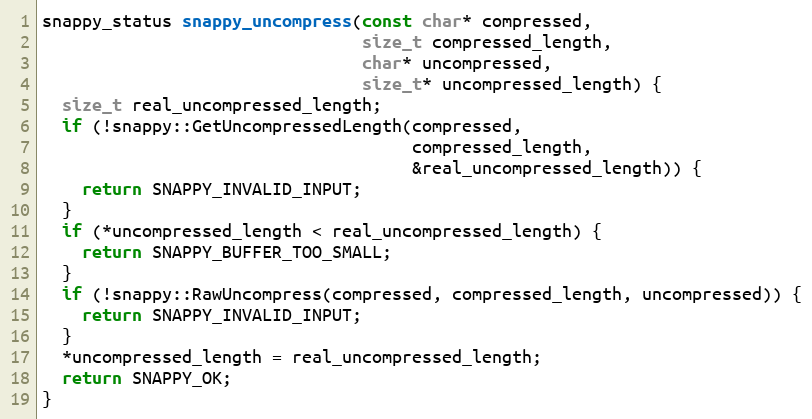
Language: C++
snappy_status snappy_uncompress(const char* compressed,
                                size_t compressed_length,
                                char* uncompressed,
                                size_t* uncompressed_length) {
  size_t real_uncompressed_length;
  if (!snappy::GetUncompressedLength(compressed,
                                     compressed_length,
                                     &real_uncompressed_length)) {
    return SNAPPY_INVALID_INPUT;
  }
  if (*uncompressed_length < real_uncompressed_length) {
    return SNAPPY_BUFFER_TOO_SMALL;
  }
  if (!snappy::RawUncompress(compressed, compressed_length, uncompressed)) {
    return SNAPPY_INVALID_INPUT;
  }
  *uncompressed_length = real_uncompressed_length;
  return SNAPPY_OK;
}